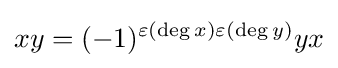
xy=(-1)^{\varepsilon (\deg x)\varepsilon (\deg y)}yx